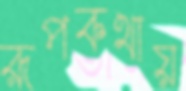
রূপকথায়